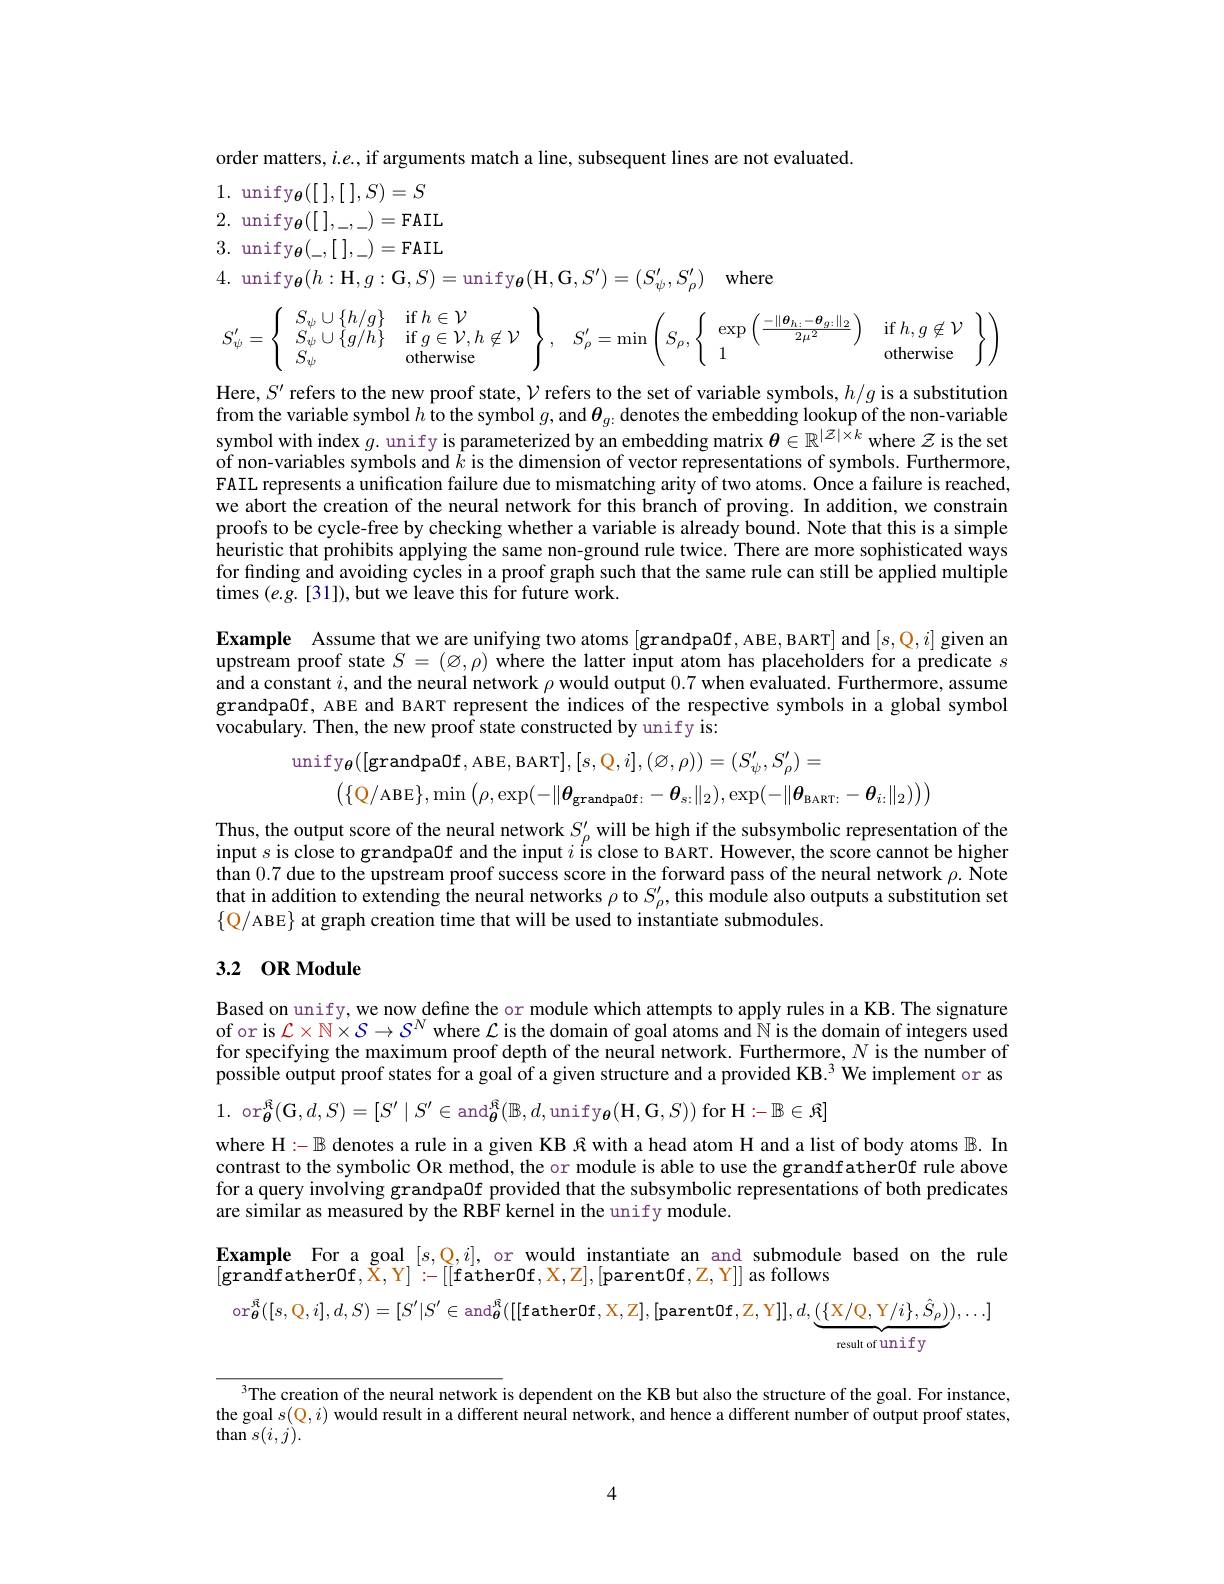
order matters, $i.e.$, if arguments match a line, subsequent lines are not evaluated.
$1. \mathrm{~unify}_{\boldsymbol{\theta }}( [$ ],[ $] , S) = S$ 2. unify$_{\boldsymbol{\theta }}( [$ $] , _- , _- ) =$FAIL 3. unify$_{\boldsymbol{\theta }}( \_ , [$ $] , \_ ) =$FAIL 4. unify$_{\boldsymbol{\theta}}(h:\mathbf{H},g:\mathbf{G},S)=$unify$_{\boldsymbol{\theta }}( \mathbf{H} , \mathbf{G} , S^{\prime }) = ( S_{\psi }^{\prime }, S_{\rho }^{\prime })$ where
$$S_{\psi}^{\prime}=\left\{\begin{array}{ll}S_{\psi}\cup\{h/g\}&\text{if}h\in\mathcal{V}\\S_{\psi}\cup\{g/h\}&\text{if}g\in\mathcal{V},h\not\in\mathcal{V}\\S_{\psi}&\text{otherwise}\end{array}\right\},\quad S_{\rho}^{\prime}=\min\left(S_{\rho},\left\{\begin{array}{ll}\exp\left(\frac{-\|\boldsymbol{\theta}_{h:}-\boldsymbol{\theta}_{g:}\|_{2}}{2\mu^{2}}\right)&\text{if}h,g\not\in\mathcal{V}\\1&\text{otherwise}\end{array}\right\}\right)$$
Here, $S^\prime$ refers to the new proof state, $\mathcal{V}$ refers to the set of variable symbols, $h/g$ is a substitution from the variable symbol $h$ to the symbol $g$, and $\boldsymbol\theta_g.$ denotes the embedding lookup of the non-variable symbol with index $g.$ unify is parameterized by an embedding matrix $\theta\in\mathbb{R}^|\hat{Z}|\hat{\times k}$ where $\mathcal{Z}$ is the set $\dot{\text{of non-variables symbols and }k}$ is the dimension of vector representations of symbols. Furthermore, FAIL represents a unification failure due to mismatching arity of two atoms. Once a failure is reached we abort the creation of the neural network for this branch of proving. In addition, we constrain proofs to be cycle-free by checking whether a variable is already bound. Note that this is a simple heuristic that prohibits applying the same non-ground rule twice. There are more sophisticated ways for finding and avoiding cycles in a proof graph such that the same rule can still be applied multiple times $(e.g.[31])$,but we leave this for future work.

Example Assume that we are unifying two atoms [grandpaOf, ABE, BART] and $[s,\mathbb{Q},i]$ given an upstream proof state $S=(\varnothing,\rho)$ where the latter input atom has placeholders for a predicate $s$ and a constant $i$, and the neural network $\rho$ would output 0.7 when evaluated. Furthermore, assume grandpaOf, ABE and BART represent the indices of the respective symbols in a global symbol vocabulary. Then, the new proof state constructed by unify is:
$$\mathrm{unify}_{\boldsymbol{\theta}}([\mathrm{grandpaOf},\mathrm{ABE},\mathrm{BART}],[s,\mathrm{Q},i],(\varnothing,\rho))=(S_{\psi}^{\prime},S_{\rho}^{\prime})=\\\left(\{\mathrm{Q/ABE}\},\min\left(\rho,\exp(-\|\boldsymbol{\theta}_{\mathrm{grandpaOf:}}-\boldsymbol{\theta}_{s:}\|_{2}),\exp(-\|\boldsymbol{\theta}_{\mathrm{BART:}}-\boldsymbol{\theta}_{i:}\|_{2})\right)\right)$$
Thus, the output score of the neural network $S_\rho^{\prime}$ will be high if the subsymbolic representation of the input $s$ is close to grandpaOf and the input $i^\text{\'{ı}sclose to BART.However,the score cannot be higher}$ than 0.7 due to the upstream proof success score in the forward pass of the neural network $\rho.$ Note that in addition to extending the neural networks $\rho$ to $S_\rho^{\prime}$, this module also outputs a substitution set $\{\mathbb{Q}/$ABE$\}$ at graph creation time that will be used to instantiate submodules.

## 3.2 0R Module

Based on unify, we now define the or module which attempts to apply rules in a KB. The signature of or is $\mathcal{L}\times\mathbb{N}\times\mathcal{S}\to\mathcal{S}^N$ where $\mathcal{L}$ is the domain of goal atoms and $\mathbb{N}$ is the domain of integers used for specifying the maximum proof depth of the neural network. Furthermore, $N$ is the number of possible output proof states for a goal $\hat{\text{of a given structure and a provided KB.}^3}$ We implement or as

1.or$_{\boldsymbol{\theta }}^{\hat{\kappa } }( \mathbf{G} , d, S) = [ S^{\prime }\mid S^{\prime }\in \mathrm{and}_{{\boldsymbol{\theta }}}^{\hat{\kappa } }( \mathbb{B} , d, \mathrm{unify}_{{\boldsymbol{\theta }}}( \mathbf{H} , \mathbf{G} , S) )$for$\mathbf{H}:-\mathbb{B}\in\Re]$
where H$:-\mathbb{B}$ denotes a rule in a given KB $\Re$ with a head atom H and a list of body atoms $\mathbb{B}.$ In contrast to the symbolic OR method, the or module is able to use the grandfather0f rule above for a query involving grandpaOf provided that the subsymbolic representations of both predicates are similar as measured by the RBF kernel in the unify module.
Example For a goal $[s,\mathbb{Q},i]$, or would instantiate an and submodule based on the rule
$[\mathbf{grandfather0f,X,Y}]:-[[$father0f$,\mathbb{X},\mathbb{Z}],[$parent0f$,\mathbb{Z},\mathbb{Y}]]$ as follows
$\mathrm{or}_{{\boldsymbol{\theta }}}^{{\boldsymbol{R}}}( [ s, \mathcal{Q} , i] , d, S) = [ S^{\prime }| S^{\prime }\in \mathrm{and}_{{\boldsymbol{\theta }}}^{{\boldsymbol{R}}}( [ [$father0f$,\mathcal X,\mathcal Z],[$parent$\mathcal{O}$f$,\mathcal Z,\mathcal Y]],d,\underbrace\{\mathcal{X}/\mathcal{Q},\mathcal{Y}/i\},\hat{S}_{\rho})),\ldots]$

result of unify

3The creation of the neural network is dependent on the KB but also the structure of the goal. For instance, the goal $s(\mathbb{Q},i)$ would result in a different neural network, and hence a different number of output proof states, $\operatorname{than}s(i,j).$

4